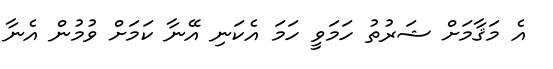
އެ މަޤާމަށް ޝަރުތު ހަމަވީ ހަމަ އެކަނި އޭނާ ކަމަށް ވުމުން އެނާ